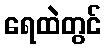
ရေထဲတွင်